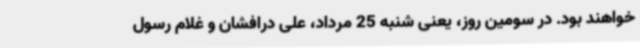
خواهند بود. در سومین روز، یعنی شنبه 25 مرداد، علی درافشان و غلام رسول